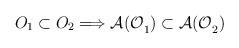
LaTeX: \begin{align*}O_{1}\subset O_{2}\Longrightarrow \mathcal{A(O}_{1}\mathcal{)}\subset \mathcal{A(O}_{2}\mathcal{)}\end{align*}